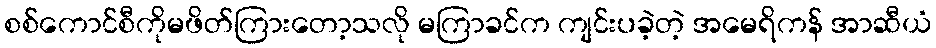
စစ်ကောင်စီကိုမဖိတ်ကြားတော့သလို မကြာခင်က ကျင်းပခဲ့တဲ့ အမေရိကန် အာဆီယံ